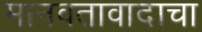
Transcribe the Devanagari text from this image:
मानवतावादाचा